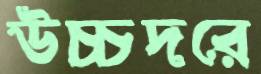
উচ্চদরে